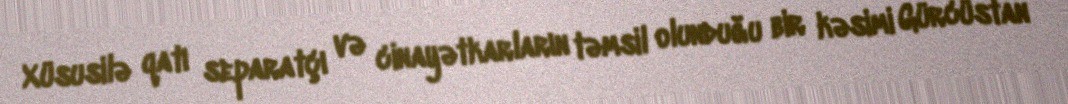
Xüsusilə qatı separatçı və cinayətkarların təmsil olunduğu bir kəsimi Gürcüstan